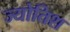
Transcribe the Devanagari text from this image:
ज्योतिश